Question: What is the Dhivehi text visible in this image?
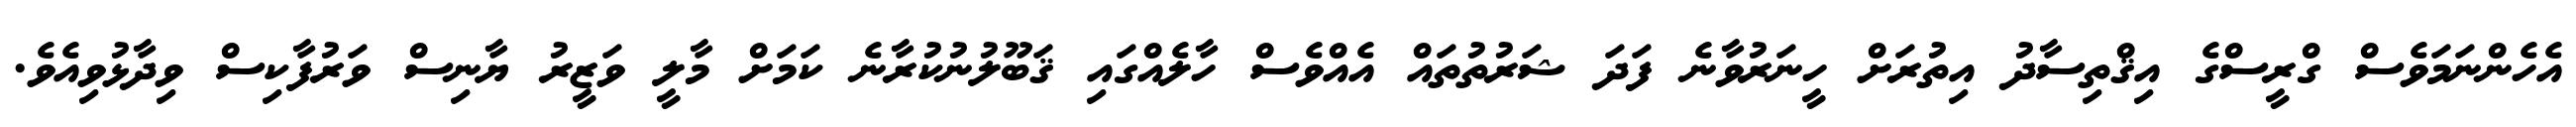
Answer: އެހެންނަމަވެސް ގްރީސްގެ އިޤްތިސާދު އިތުރަށް ހީނަރުވާނެ ފަދަ ޝަރުތުތައް އެއްވެސް ހާލެއްގައި ޤަބޫލުނުކުރާނެ ކަމަށް މާލީ ވަޒީރު ޔާނިސް ވަރުފާކިސް ވިދާޅުވިއެވެ.